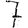
Digit: 7